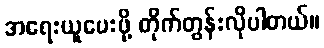
အရေးယူပေးဖို့ တိုက်တွန်းလိုပါတယ်။